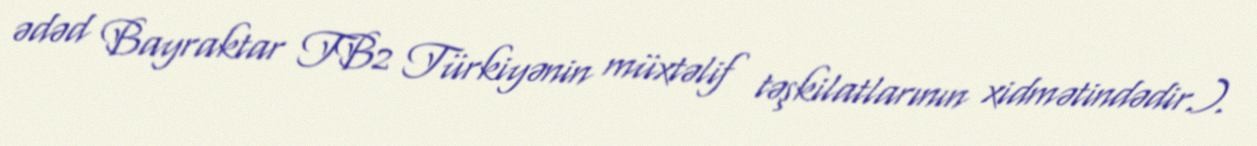
ədəd Bayraktar TB2 Türkiyənin müxtəlif təşkilatlarının xidmətindədir.).